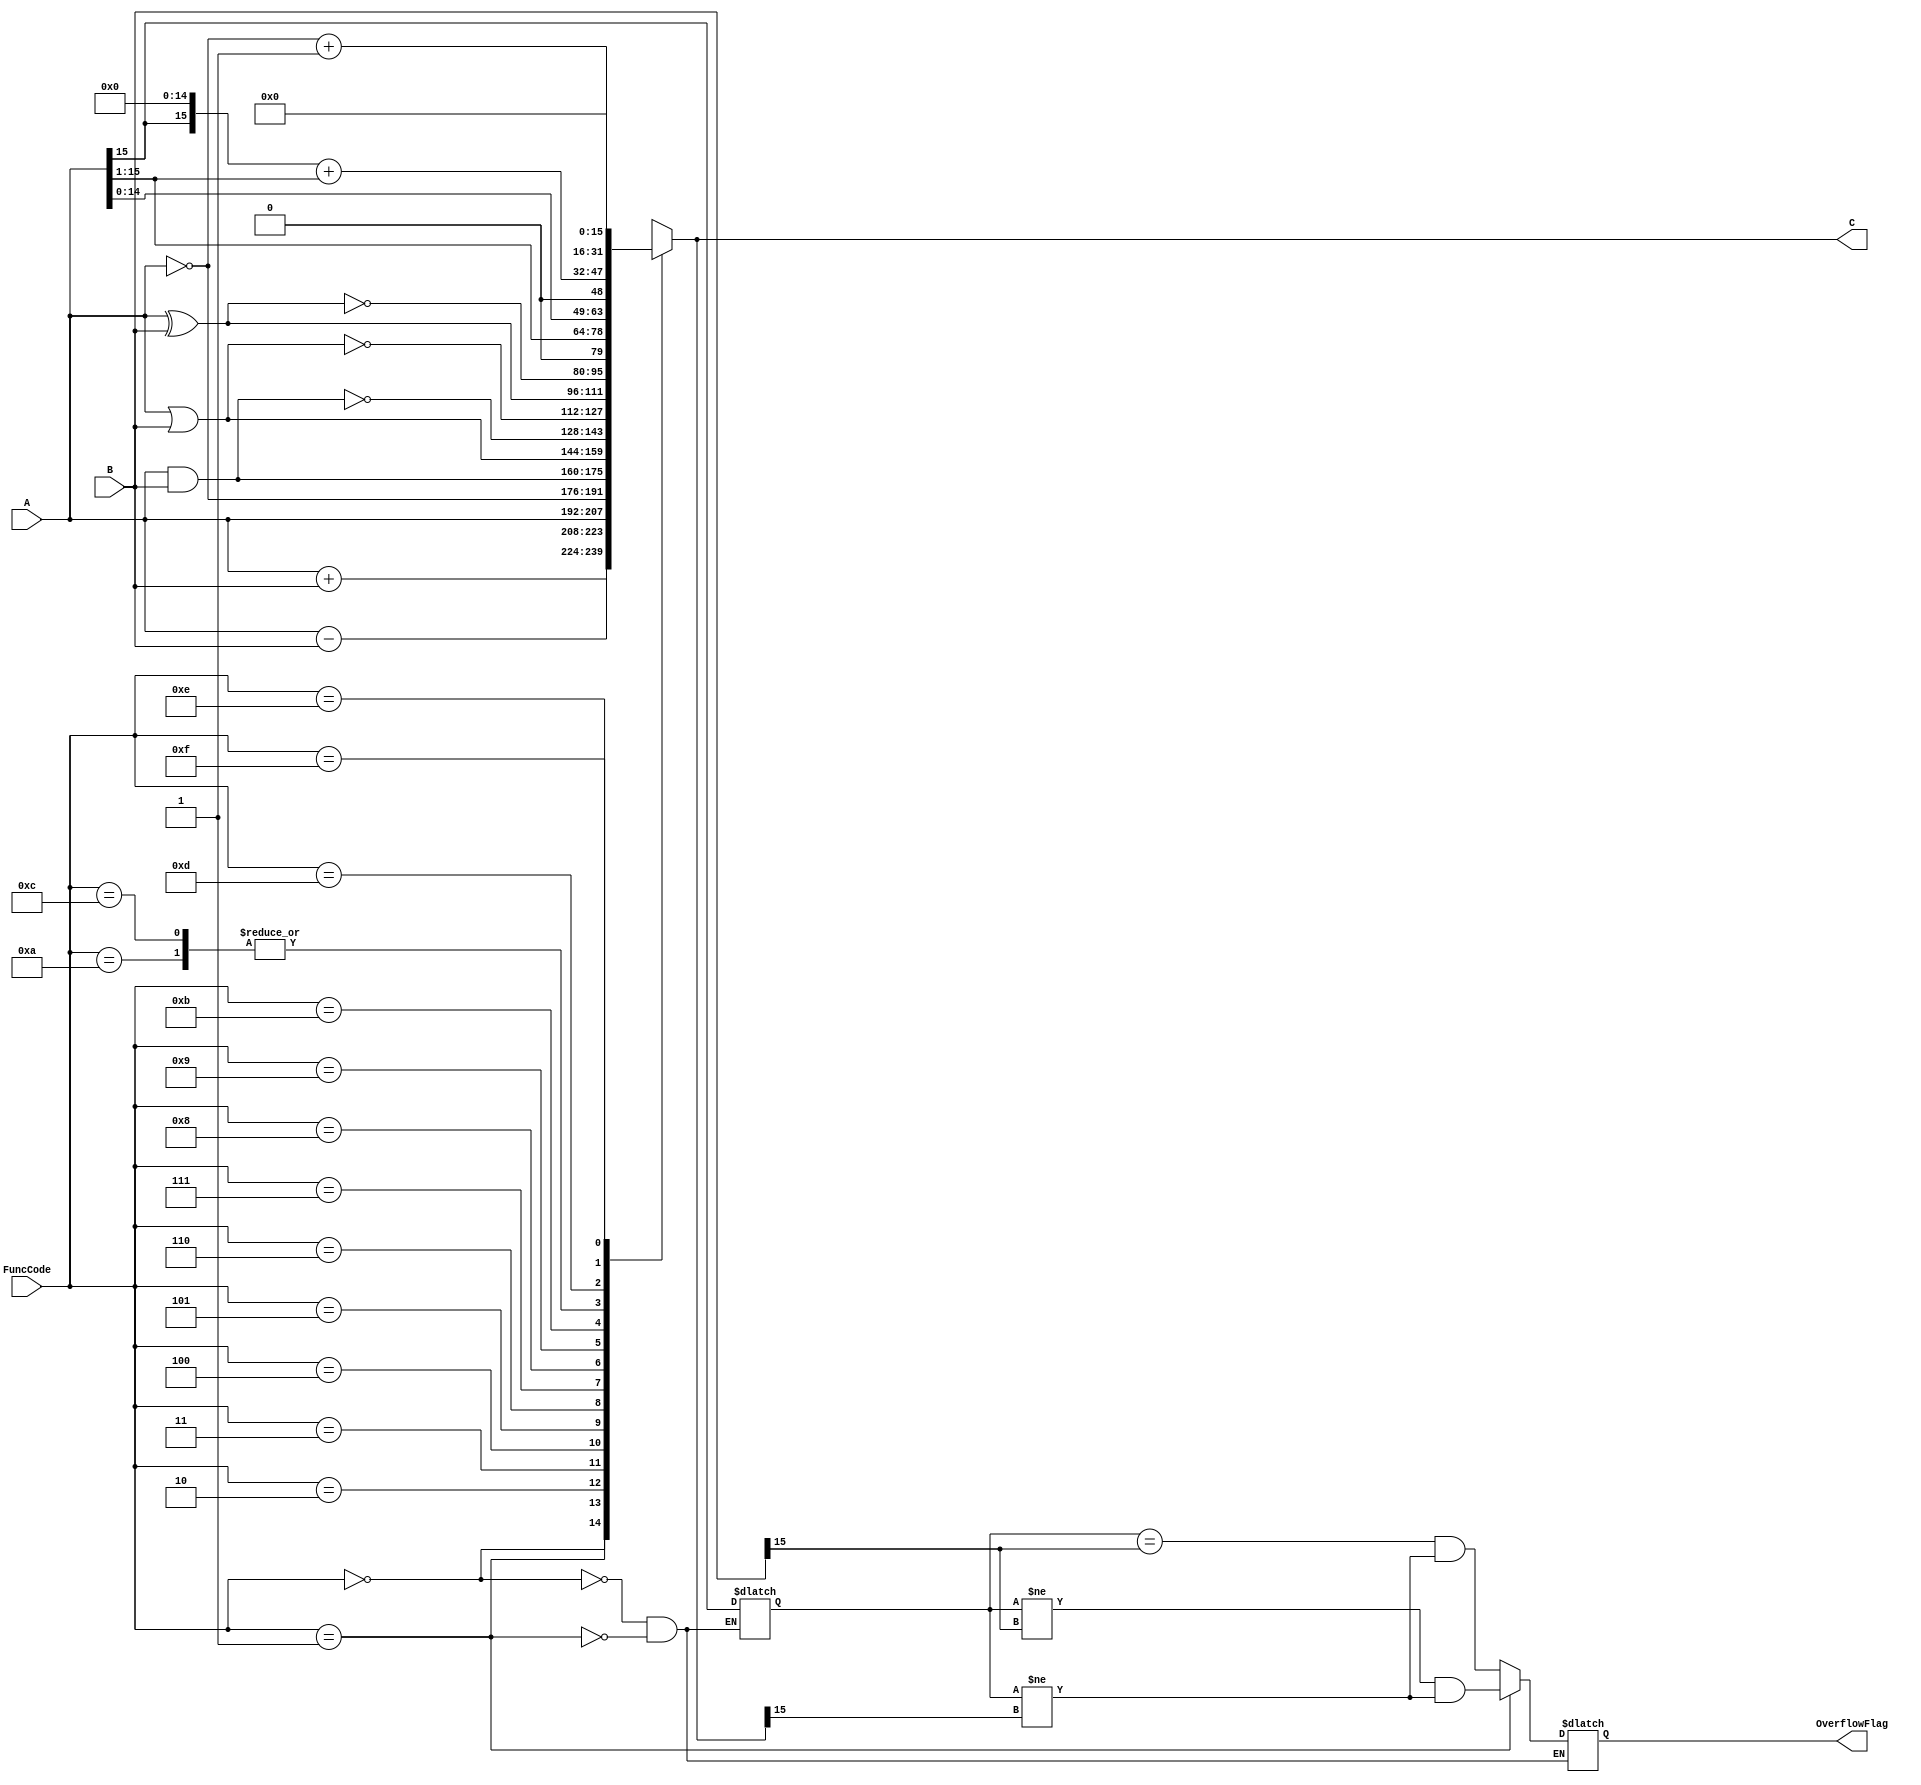
`timescale 1ns / 100ps

`define	NumBits	16

module ALU (A, B, FuncCode, C, OverflowFlag);
	input [`NumBits-1:0] A;
	input [`NumBits-1:0] B;
	input [3:0] FuncCode;
	output [`NumBits-1:0] C;
	output OverflowFlag;

	reg [`NumBits-1:0] C;
	reg OverflowFlag;

	// You can declare any variables as needed.

	// new variables
	reg temp;

	initial begin
		C = 0;
		temp = 0;
		OverflowFlag = 0;
	end   	

	// TODO: You should implement the functionality of ALU!
	// (HINT: Use 'always @(...) begin ... end')

	// Alu Design
	always @(*) begin
		case (FuncCode)
			// Signed Addiction
			4'b0000 : begin
				C <= A + B;
				temp <= A[`NumBits-1];
				OverflowFlag <= (temp == B[`NumBits-1]) && (temp != C[`NumBits-1]);
			end	
			
			// Signed Subtraction
			4'b0001 : begin
				C <= A - B;
				temp <= A[`NumBits-1];
				OverflowFlag <= (temp != B[`NumBits-1]) && (temp != C[`NumBits-1]);
			end
			
			// Identity
			4'b0010 :
				C <= A;

			// bitwise NOT
			4'b0011 :
				C <= ~A;

			// bitwise AND
			4'b0100 :
				C <= A&B;
			
			// bitwise OR
			4'b0101 :
				C <= A|B;

			// bitwise NAND
			4'b0110 :
				C <= ~(A&B);

			// bitwise NOR
			4'b0111 :
				C <= ~(A|B);

			// bitwise XOR
			4'b1000 :
				C <= A^B;

			// bitwise XNOR
			4'b1001 :
				C <= ~(A^B);

			// Logical Left Shift
			4'b1010 :
				C <= A << 1;

			// Logical Right Shift
			4'b1011 :
				C <= A >> 1;
				
			// Arithmetic Left Shift
			4'b1100 :
				C <= A << 1;

			// Arithmetic Right Shift
			4'b1101 :
				C <= (A[`NumBits-1] << (`NumBits-1)) + (A >> 1);

			// Two's Complement
			4'b1110 :
				C <= ~A + 1;

			// Zero
			4'b1111 :
				C <= 0;
		endcase
	end
endmodule